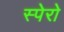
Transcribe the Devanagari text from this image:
स्पेरो